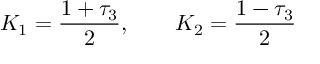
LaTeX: K _ { 1 } = \frac { 1 + \tau _ { 3 } } { 2 } , ~ ~ ~ ~ ~ ~ K _ { 2 } = \frac { 1 - \tau _ { 3 } } { 2 }